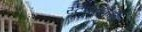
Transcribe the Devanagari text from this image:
स्टेशनपैकी